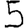
Digit: 5